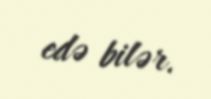
edə bilər.